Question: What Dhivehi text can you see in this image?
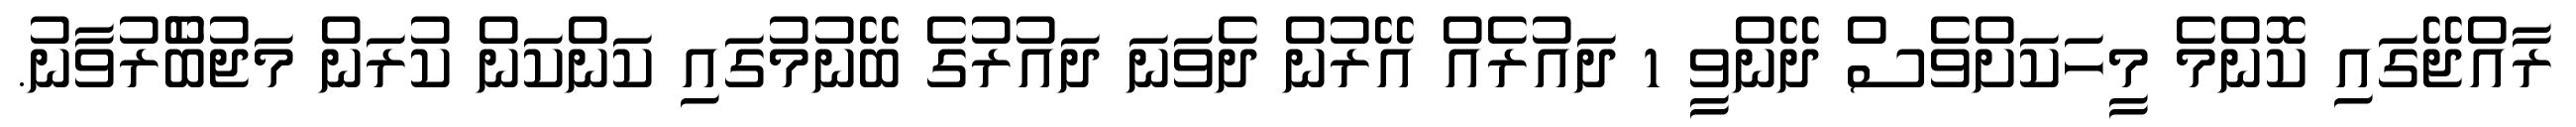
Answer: ރާއްޖޭގައި ކޮންމެ މީހަކަށްވެސް ދޭންވީ 1 ދައުރެއް އޭރުން ދެވަނަ ދައުރުގެ ބޭނުމުގައި ކަންކަން ކުރަން މަޖުބޫެރުވާނު.